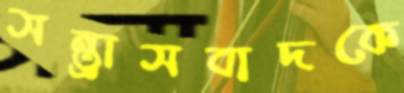
সন্ত্রাসবাদকে